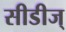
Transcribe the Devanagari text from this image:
सीडीज्